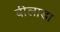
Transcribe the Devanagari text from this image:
बीलाडा